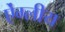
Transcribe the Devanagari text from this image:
ऐंग्लीय